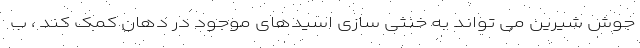
جوش شیرین می تواند به خنثی سازی اسیدهای موجود در دهان کمک کند ، ب